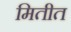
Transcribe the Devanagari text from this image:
मितीत